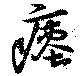
瘞